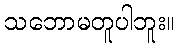
သဘောမတူပါဘူး။